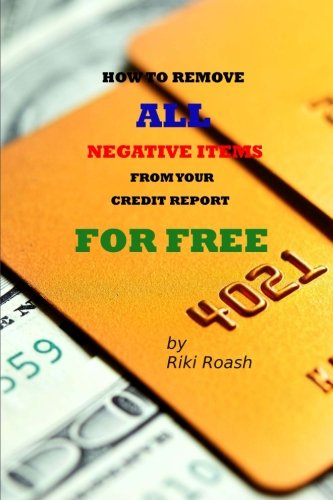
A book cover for How to Remove ALL Negative Items from your Credit Report: Do It Yourself Guide to Dramatically Increase Your Credit Rating; Riki Roash; Business & Money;